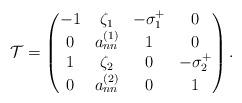
LaTeX: \begin{align*} \mathcal{T} =\begin{pmatrix} -1 & \zeta_1 & - \sigma_1^+& 0 \\ 0 & a_{nn}^{(1)} & 1 & 0\\ 1 & \zeta_2 & 0 & -\sigma_2^+\\ 0 & a_{nn}^{(2)} & 0 & 1 \end{pmatrix}. \end{align*}